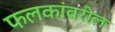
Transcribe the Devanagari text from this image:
फलकांवरील